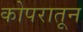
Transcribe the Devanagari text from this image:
कोपरातून